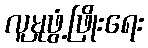
လူမှုဖွံ့ဖြိုးရေး